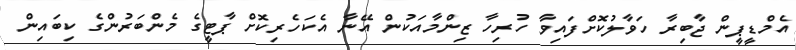
އެމްޑީޕީން ޖާބިރާ ހަވާލުކޮށްފައިވާ ހުރިހާ ޒިންމާއަކުން އޭނާ އެކަހެރިކޮށް ޕާޓީގެ މެންބަރުންގެ ކިބައިން